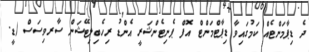
ދެ ޑިޕާމަންޓެއް ކަމުގައިވާ ޑިޕާޓްމަންޓް އޮފް ޕެނިޓެންޝަރީ އެންޑު ރިހެބިލިޓޭޝަން ސާރވިސަސް (ޑީ.